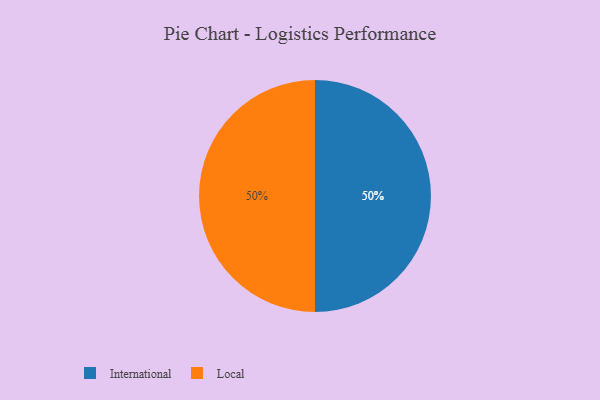
{"axis": {"x": "Category", "y": "Percentage"}, "legend": ["International", "Local"], "data": [{"x": "International", "y": 50, "type": "International"}, {"x": "Local", "y": 50, "type": "Local"}]}